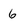
Character: 6